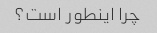
چرا اینطور است؟